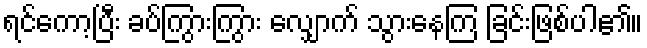
ရင်ကော့ပြီး ခပ်ကြွားကြွား လျှောက် သွားနေကြ ခြင်းဖြစ်ပါ၏။